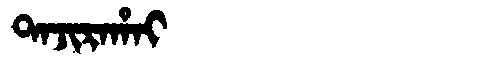
Manchu: ᡨᠠᠵᡳᡵᠠᡥᠠᡳ
Romanization: TAJIRAHAI